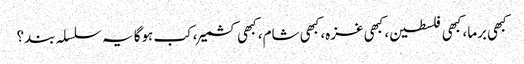
کبھی برما، کبھی فلسطین، کبھی غزہ، کبھی شام، کبھی کشمیر، کب ہوگا یہ سلسلہ بند؟